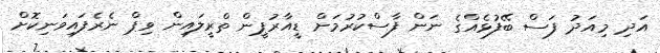
އަދި މިއަދު ފަސް ބޭފުޅެއްގެ ނަން ފާސްކުރުމަށް ޑީއާރުޕީން ތްރީލައިން ވިޕް ނެރެފައިވަނިކޮށް